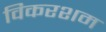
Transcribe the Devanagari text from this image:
विकरशम